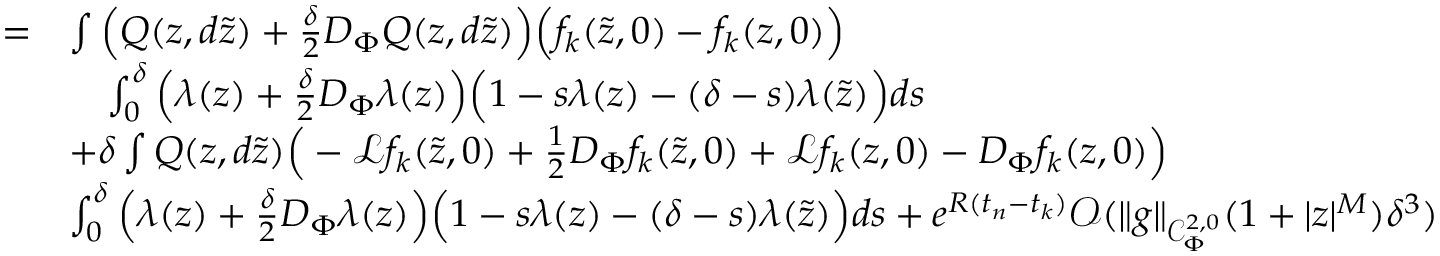
\begin{array} { r l } { = } & { \int \Big ( Q ( z , d \tilde { z } ) + \frac { \delta } { 2 } D _ { \Phi } Q ( z , d \tilde { z } ) \Big ) \Big ( f _ { k } ( \tilde { z } , 0 ) - f _ { k } ( z , 0 ) \Big ) } \\ & { \quad \int _ { 0 } ^ { \delta } \Big ( \lambda ( z ) + \frac { \delta } { 2 } D _ { \Phi } \lambda ( z ) \Big ) \Big ( 1 - s \lambda ( z ) - ( \delta - s ) \lambda ( \tilde { z } ) \Big ) d s } \\ & { + \delta \int Q ( z , d \tilde { z } ) \Big ( - \mathcal { L } f _ { k } ( \tilde { z } , 0 ) + \frac { 1 } { 2 } D _ { \Phi } f _ { k } ( \tilde { z } , 0 ) + \mathcal { L } f _ { k } ( z , 0 ) - D _ { \Phi } f _ { k } ( z , 0 ) \Big ) } \\ & { \int _ { 0 } ^ { \delta } \Big ( \lambda ( z ) + \frac { \delta } { 2 } D _ { \Phi } \lambda ( z ) \Big ) \Big ( 1 - s \lambda ( z ) - ( \delta - s ) \lambda ( \tilde { z } ) \Big ) d s + e ^ { R ( t _ { n } - t _ { k } ) } \mathcal { O } ( \lVert g \rVert _ { \mathcal { C } _ { \Phi } ^ { 2 , 0 } } ( 1 + \lvert z \rvert ^ { M } ) \delta ^ { 3 } ) } \end{array}